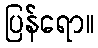
ပြန်ရော။